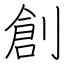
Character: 創